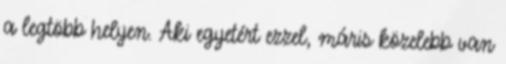
a legtöbb helyen. Aki egyetért ezzel, máris közelebb van